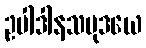
ဥပါဒါနသမုဒယေ